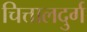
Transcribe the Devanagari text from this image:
चित्तालदुर्ग